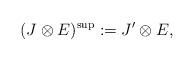
LaTeX: \begin{align*}(J\otimes E)^{\mathrm{sup}}:=J'\otimes E,\end{align*}